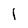
Character: l